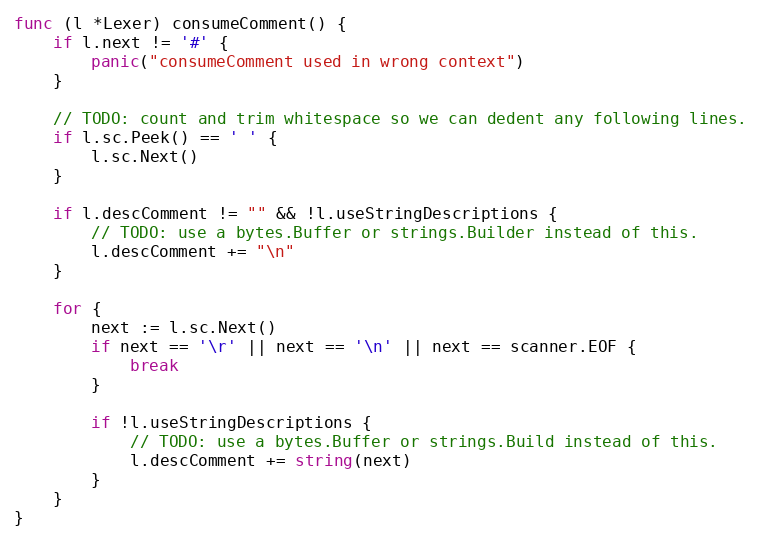
Language: Go
func (l *Lexer) consumeComment() {
	if l.next != '#' {
		panic("consumeComment used in wrong context")
	}

	// TODO: count and trim whitespace so we can dedent any following lines.
	if l.sc.Peek() == ' ' {
		l.sc.Next()
	}

	if l.descComment != "" && !l.useStringDescriptions {
		// TODO: use a bytes.Buffer or strings.Builder instead of this.
		l.descComment += "\n"
	}

	for {
		next := l.sc.Next()
		if next == '\r' || next == '\n' || next == scanner.EOF {
			break
		}

		if !l.useStringDescriptions {
			// TODO: use a bytes.Buffer or strings.Build instead of this.
			l.descComment += string(next)
		}
	}
}